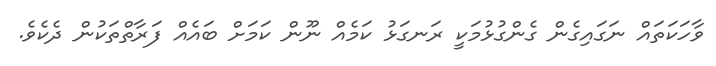
ވާހަކަތައް ނަގައިގެން ގެންގުޅުމަކީ ރަނގަޅު ކަމެއް ނޫން ކަމަށް ބައެއް ފަރާތްތަކުން ދެކެވެ.